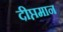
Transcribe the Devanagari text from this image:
दीप्तमान